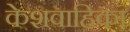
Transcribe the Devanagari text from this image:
केशवाहिका